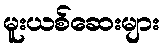
မူးယစ်ဆေးများ